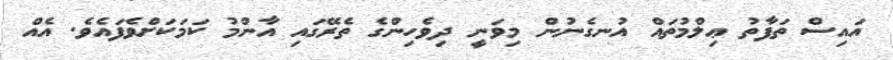
އައިސް ތަފާތު ޢިލްމުތައް އުނގެނުން މިވަނީ ދިވެހިންގެ ތެރޭގައި އާންމު ކަމަކަށްވެފައެވެ. އެއް